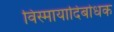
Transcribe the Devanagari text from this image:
विस्मायादिबोधक